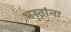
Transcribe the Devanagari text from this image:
भरतांना